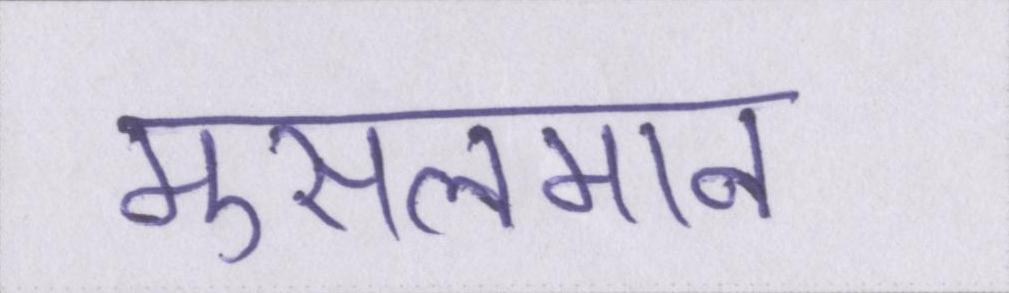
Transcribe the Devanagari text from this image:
मुसलमान